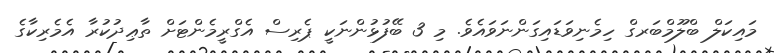
މައިކަލް ބްލޫމްބަރގް ހިމެނިވަޑައިގަންނަވައެވެ. މި 3 ބޭފުޅުންނަކީ ޕެރިސް އެގްރީމެންޓަށް ތާޢިދުކުރާ އެމެރިކާގެ